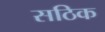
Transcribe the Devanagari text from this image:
सठिक